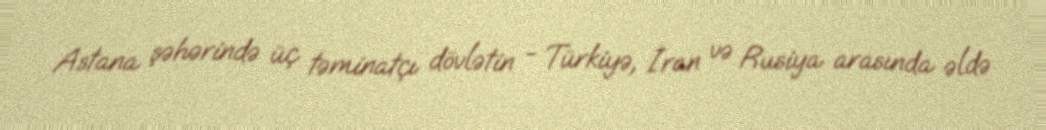
Astana şəhərində üç təminatçı dövlətin - Türkiyə, İran və Rusiya arasında əldə